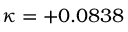
\kappa = + 0 . 0 8 3 8